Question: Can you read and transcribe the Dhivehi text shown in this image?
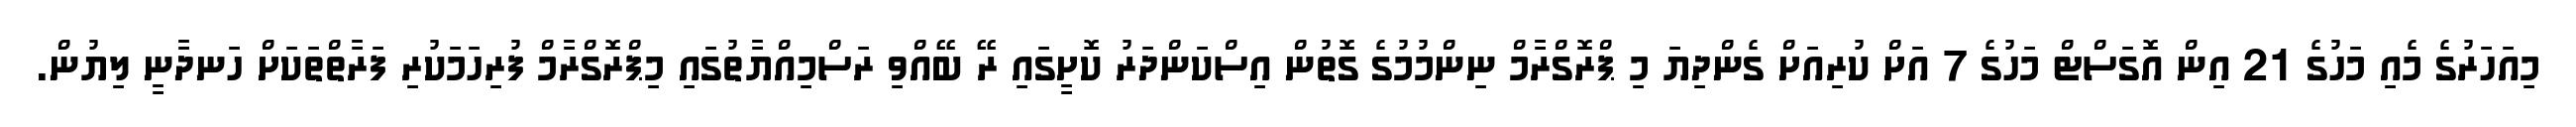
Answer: މިއަހަރުގެ މެއި މަހުގެ 21 އިން އޮގަސްޓް މަހުގެ 7 އަށް ކުރިއަށް ގެންދިޔަ މި ޕްރޮގްރާމް ނިންމުމުގެ ގޮތުން އިސްކަންދަރު ކޮށީގައި ރޭ ބޭއްވި ރަސްމިއްޔާތުގައި މިޕްރޮގްރާމް ފުރިހަމަކުރި ފަރާތްތަކަށް ހަނދާނީ ލިޔުން.